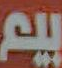
بيم